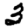
Digit: 3